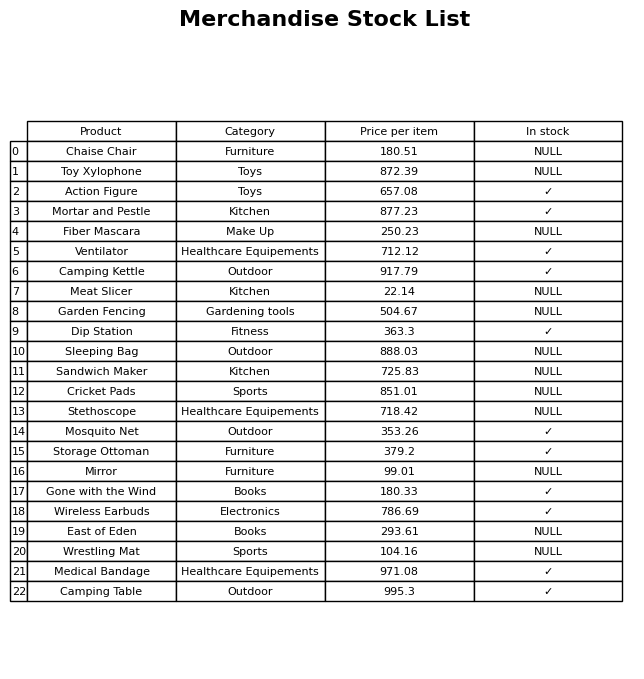
question: What is the price of the Wrestling Mat?
answer: The price of Wrestling Mat is 104.16.